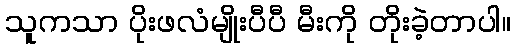
သူကသာ ပိုးဖလံမျိုးပီပီ မီးကို တိုးခဲ့တာပါ။